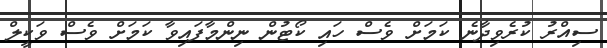
ސިއްރު ކުރެވިދާނެ ކަމަށް ވެސް ހައި ކޯޓުން ނިންމާފައިވާ ކަމަށް ވެސް ވަކީލް